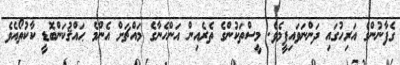
ގެފާނުންގެ އަރިހުގައި ދަންނަވައިފީމެވެ. މީސްތަކުންގެ ތެރެއިން އަންހެނާގެ މައްޗަށް އެންމެ ޙައްޤުކަންބޮޑީ ކާކުތޯއެވެ